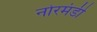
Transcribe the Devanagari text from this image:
नोरमंडी